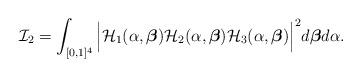
LaTeX: \begin{align*}\mathcal{I}_2=\int_{[0,1]^4} \Big|\mathcal{H}_1(\alpha,\boldsymbol{\beta})\mathcal{H}_2(\alpha,\boldsymbol{\beta})\mathcal{H}_3(\alpha,\boldsymbol{\beta})\Big|^2d\boldsymbol{\beta}d\alpha.\end{align*}